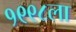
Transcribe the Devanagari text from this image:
१९९८ला